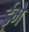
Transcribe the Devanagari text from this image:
ईमे